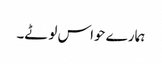
ہمارے حواس لوٹے۔